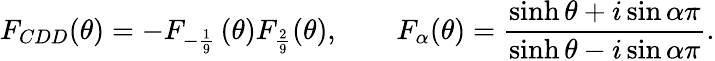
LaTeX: F_{CDD}(\theta)=-F_{-\frac{1}{9}}\, (\theta)F_{\frac{2}{9}}(\theta),\qquad F_{\alpha}(\theta)={\frac{\sinh\theta+i\sin\alpha\pi}{\sinh\theta-i\sin\alpha\pi}}.